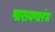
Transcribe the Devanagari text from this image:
पारायणारंभ